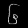
Digit: ၆